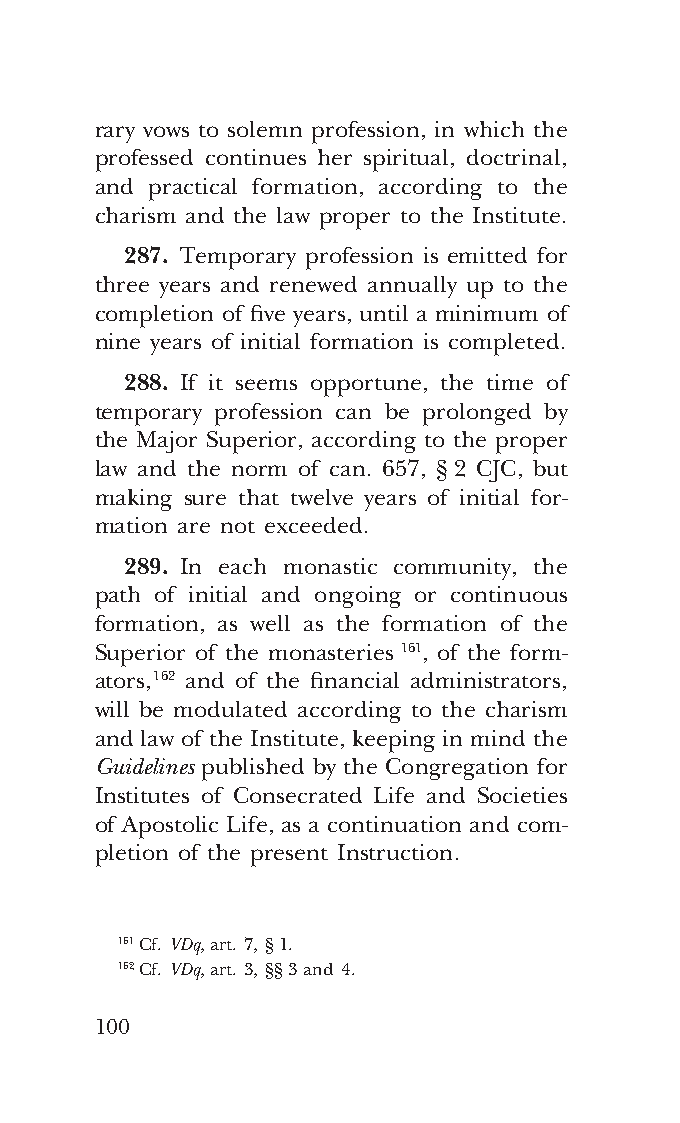
COR ORANS – NUOVO FORMATO – INGLESE 2ª BOZZA – 24 maggio 2018 – 11:12
 rary vows to solemn profession, in which the
 professed continues her spiritual, doctrinal,
 and practical formation, according to the
 charism and the law proper to the Institute.
 287. Temporary profession is emitted for
 three years and renewed annually up to the
 completion of five years, until a minimum of
 nine years of initial formation is completed.
 288. If it seems opportune, the time of
 temporary profession can be prolonged by
 the Major Superior, according to the proper
 law and the norm of can. 657, § 2 CJC, but
 making sure that twelve years of initial for-
 mation are not exceeded.
 289. In each monastic community, the
 path of initial and ongoing or continuous
 formation, as well as the formation of the
 Superior of the monasteries 161, of the form-
 ators, 162 and of the financial administrators,
 will be modulated according to the charism
 and law of the Institute, keeping in mind the
 Guidelines published by the Congregation for
 Institutes of Consecrated Life and Societies
 of Apostolic Life, as a continuation and com-
 pletion of the present Instruction.
 161 Cf. VDq, art. 7, § 1.
 162 Cf. VDq, art. 3, §§ 3 and 4.
 100